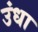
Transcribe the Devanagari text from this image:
उंधा